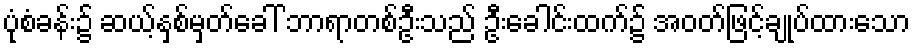
ပုံစံခန်း၌ ဆယ့်နှစ်မှတ်ခေါ် ဘာရာတစ်ဦးသည် ဦးခေါင်းထက်၌ အဝတ်ဖြင့်ချုပ်ထားသော